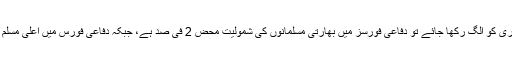
اسی طرح اگر جموں و کشمیر لائٹ انفنٹری کو الگ رکھا جائے تو دفاعی فورسز میں بھارتی مسلمانوں کی شمولیت محض 2 فی صد ہے، جبکہ دفاعی فورس میں اعلیٰ مسلم افسران کی شرح تو اس سے بھی کم ہے۔